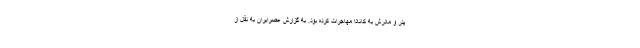
پدر و مادرش به کانادا مهاجرات کرده بود. به گزارش عصرایران به نقل از